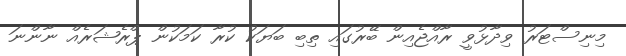
މިނިސްޓަރު ވިދާޅުވީ ރާއްޖެއިން ބޭރުގައި ތިބި ބަޔަކު ކުރާ ކަމަކުން ޕްރެޝަރެއް ނާންނަ